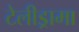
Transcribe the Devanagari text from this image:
टेलीड्रामा